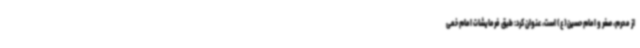
از محرم، صفر و امام حسین(ع) است، عنوان کرد: طبق فرمایشات امام خمی